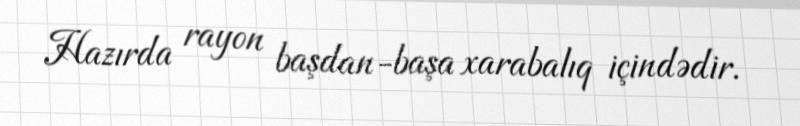
Hazırda rayon başdan-başa xarabalıq içindədir.